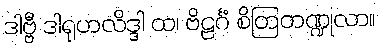
ဒါဗ္ဗီ ဒါရုဟလိဒ္ဒါ ထ၊ ဗိဠင်္ဂံ စိတြတဏ္ဍုလာ။